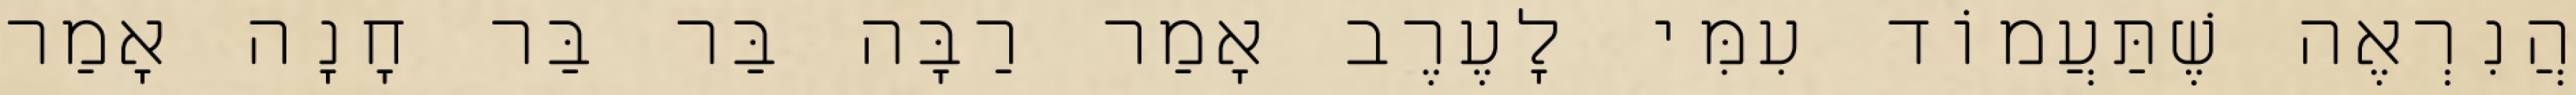
הֲנִרְאֶה שֶׁתַּעֲמוֹד עִמִּי לָעֶרֶב אָמַר רַבָּה בַּר בַּר חָנָה אָמַר